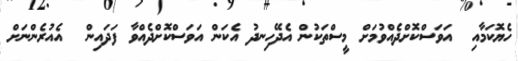
ހެޔޮކަމާއި  އަވަސްކޮށްދެއްވުމަށް މީސްތަކުން އެދޭހިނދު އެކަން އަވަސްކޮށްދެއްވާ ފަދައިން  އެއުރެންނަށް